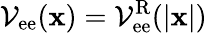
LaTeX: \mathcal{V}_{\mathrm{ee}}({\mathbf x})=\mathcal{V}_{\mathrm{ee}}^{\mathrm{R}}(|{\mathbf x}|)